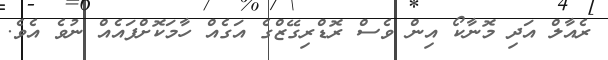
ރެއާލް އަދި މޮނާކޯ އިން ވެސް ރޮޑްރިގޭޒްގެ އަގެއް ހާމަކޮށްފައެއް ނުވެ އެވެ.